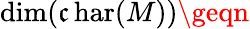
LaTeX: \dim(\operatorname{\mathfrak{c}har}(M))\geqn